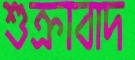
শুক্রাবাদ